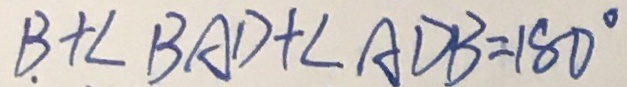
B + \angle B A D + \angle A D B = 1 8 0 ^ { \circ }